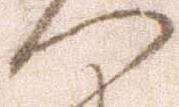
へ